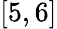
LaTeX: [5,6]